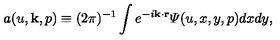
a ( u , { \bf k } , p ) \equiv ( 2 \pi ) ^ { - 1 } \int e ^ { - i { \bf k \cdot r } } { \mit \Psi } ( u , x , y , p ) d x d y ,